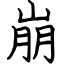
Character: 崩